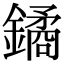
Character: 鐍